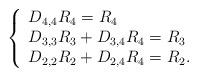
LaTeX: \begin{align*}\left\{\begin{array}{l}D_{4,4} R_4=R_4 \\D_{3,3} R_3+ D_{3,4} R_4=R_3 \\D_{2,2} R_2+ D_{2,4} R_4=R_2. \\\end{array}\right.\end{align*}